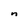
Character: n